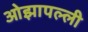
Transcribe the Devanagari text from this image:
ओझापल्ली